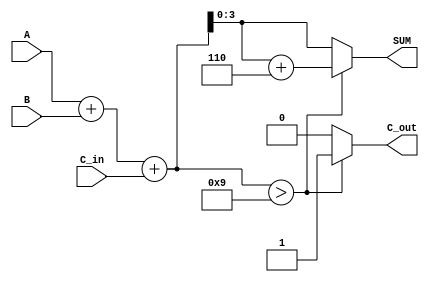
module bcd_adder (
    input [3:0] A,        // BCD input A
    input [3:0] B,        // BCD input B
    input C_in,           // Carry input
    output reg [3:0] SUM, // BCD sum output
    output reg C_out      // Carry-out output
);

    // Internal wires for the binary sum
    wire [4:0] binary_sum; // To accommodate possible carry
    wire need_adjustment;   // Flag for BCD adjustment

    // Calculate binary sum including carry input
    assign binary_sum = A + B + C_in;

    // Determine if adjustment is necessary (if binary_sum > 9)
    assign need_adjustment = (binary_sum > 9);

    always @(*) begin
        if (need_adjustment) begin
            // If adjustment is needed, add 6 (0110) to binary sum
            SUM = binary_sum + 4'b0110; // Adding 6 to adjust to valid BCD
            C_out = 1;                   // Set carry out
        end else begin
            SUM = binary_sum[3:0];       // Direct assignment if no adjustment
            C_out = 0;                   // No carry out
        end
    end

endmodule